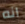
انه